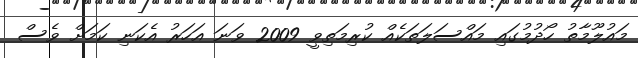
މައުލޫމާތު ހޯދުމުގައި މައްސަލަތަކެއް ކުރިމަތިވީ 2009 ވަނަ އަހަރު އެކަނި ކަމަށް ވެސް